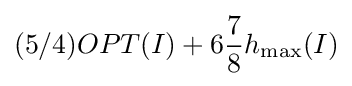
(5/4)OPT(I)+6{\frac {7}{8}}h_{\max }(I)